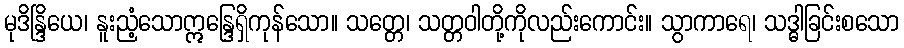
မုဒိန္ဒြိယေ၊ နူးညံ့သောဣန္ဒြေရှိကုန်သော။ သတ္တေ၊ သတ္တဝါတို့ကိုလည်းကောင်း။ သွာကာရေ၊ သဒ္ဓါခြင်းစသော